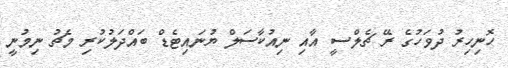
ހޮނިހިރު ދުވަހުގެ ރޭ ޗެލްސީ އާއި ނިއުކާސަލް ޔުނައިޓެޑް ބައްދަލުކުރި މެޗު ނިމުނީ